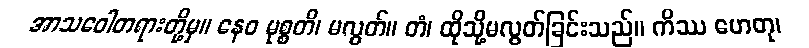
အာသဝေါတရားတို့မှ။ နေဝ မုစ္စတိ၊ မလွတ်။ တံ၊ ထိုသို့မလွတ်ခြင်းသည်။ ကိဿ ဟေတု၊